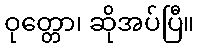
ဝုတ္တော၊ ဆိုအပ်ပြီ။